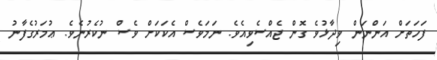
ފަހަތަށް އަންނަން ވިދާޅުވެ ގޮން ޖެއްސެވިއެވެ. ނަމަވެސް އެކަކަށް ވެސް ނުކެރުނެވެ. ޢުމަރުގެފާނު